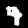
Digit: 9